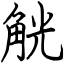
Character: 觥